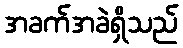
အခက်အခဲရှိသည်